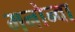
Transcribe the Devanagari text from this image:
मनोन्वा